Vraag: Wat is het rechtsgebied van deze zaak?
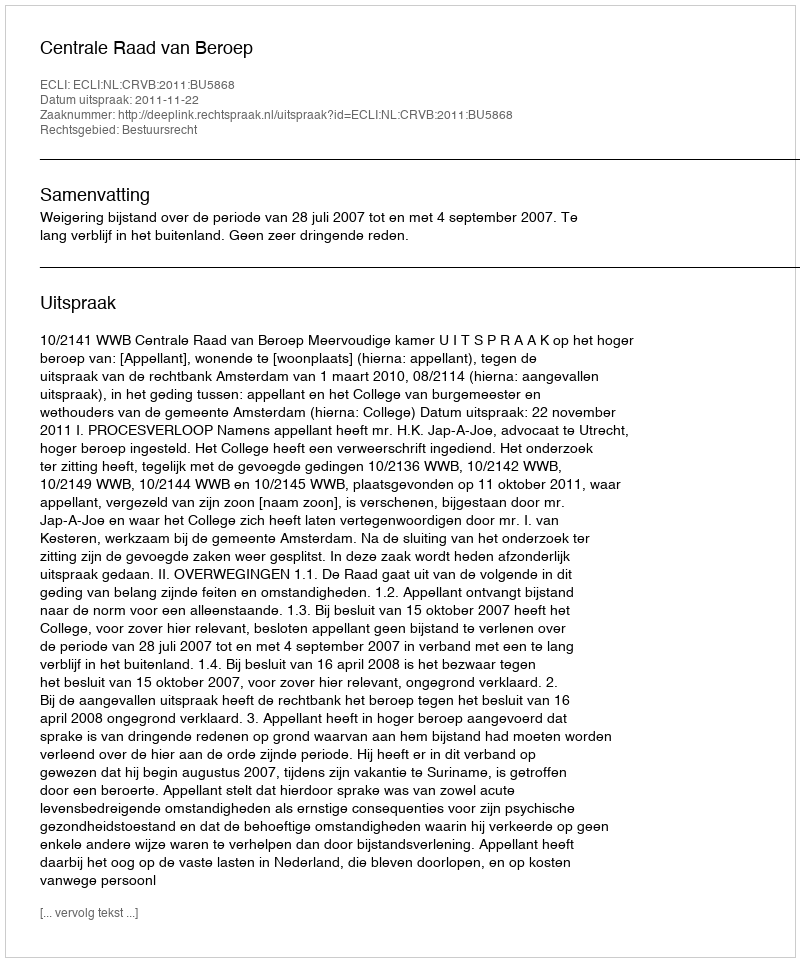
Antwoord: Bestuursrecht